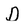
Character: d